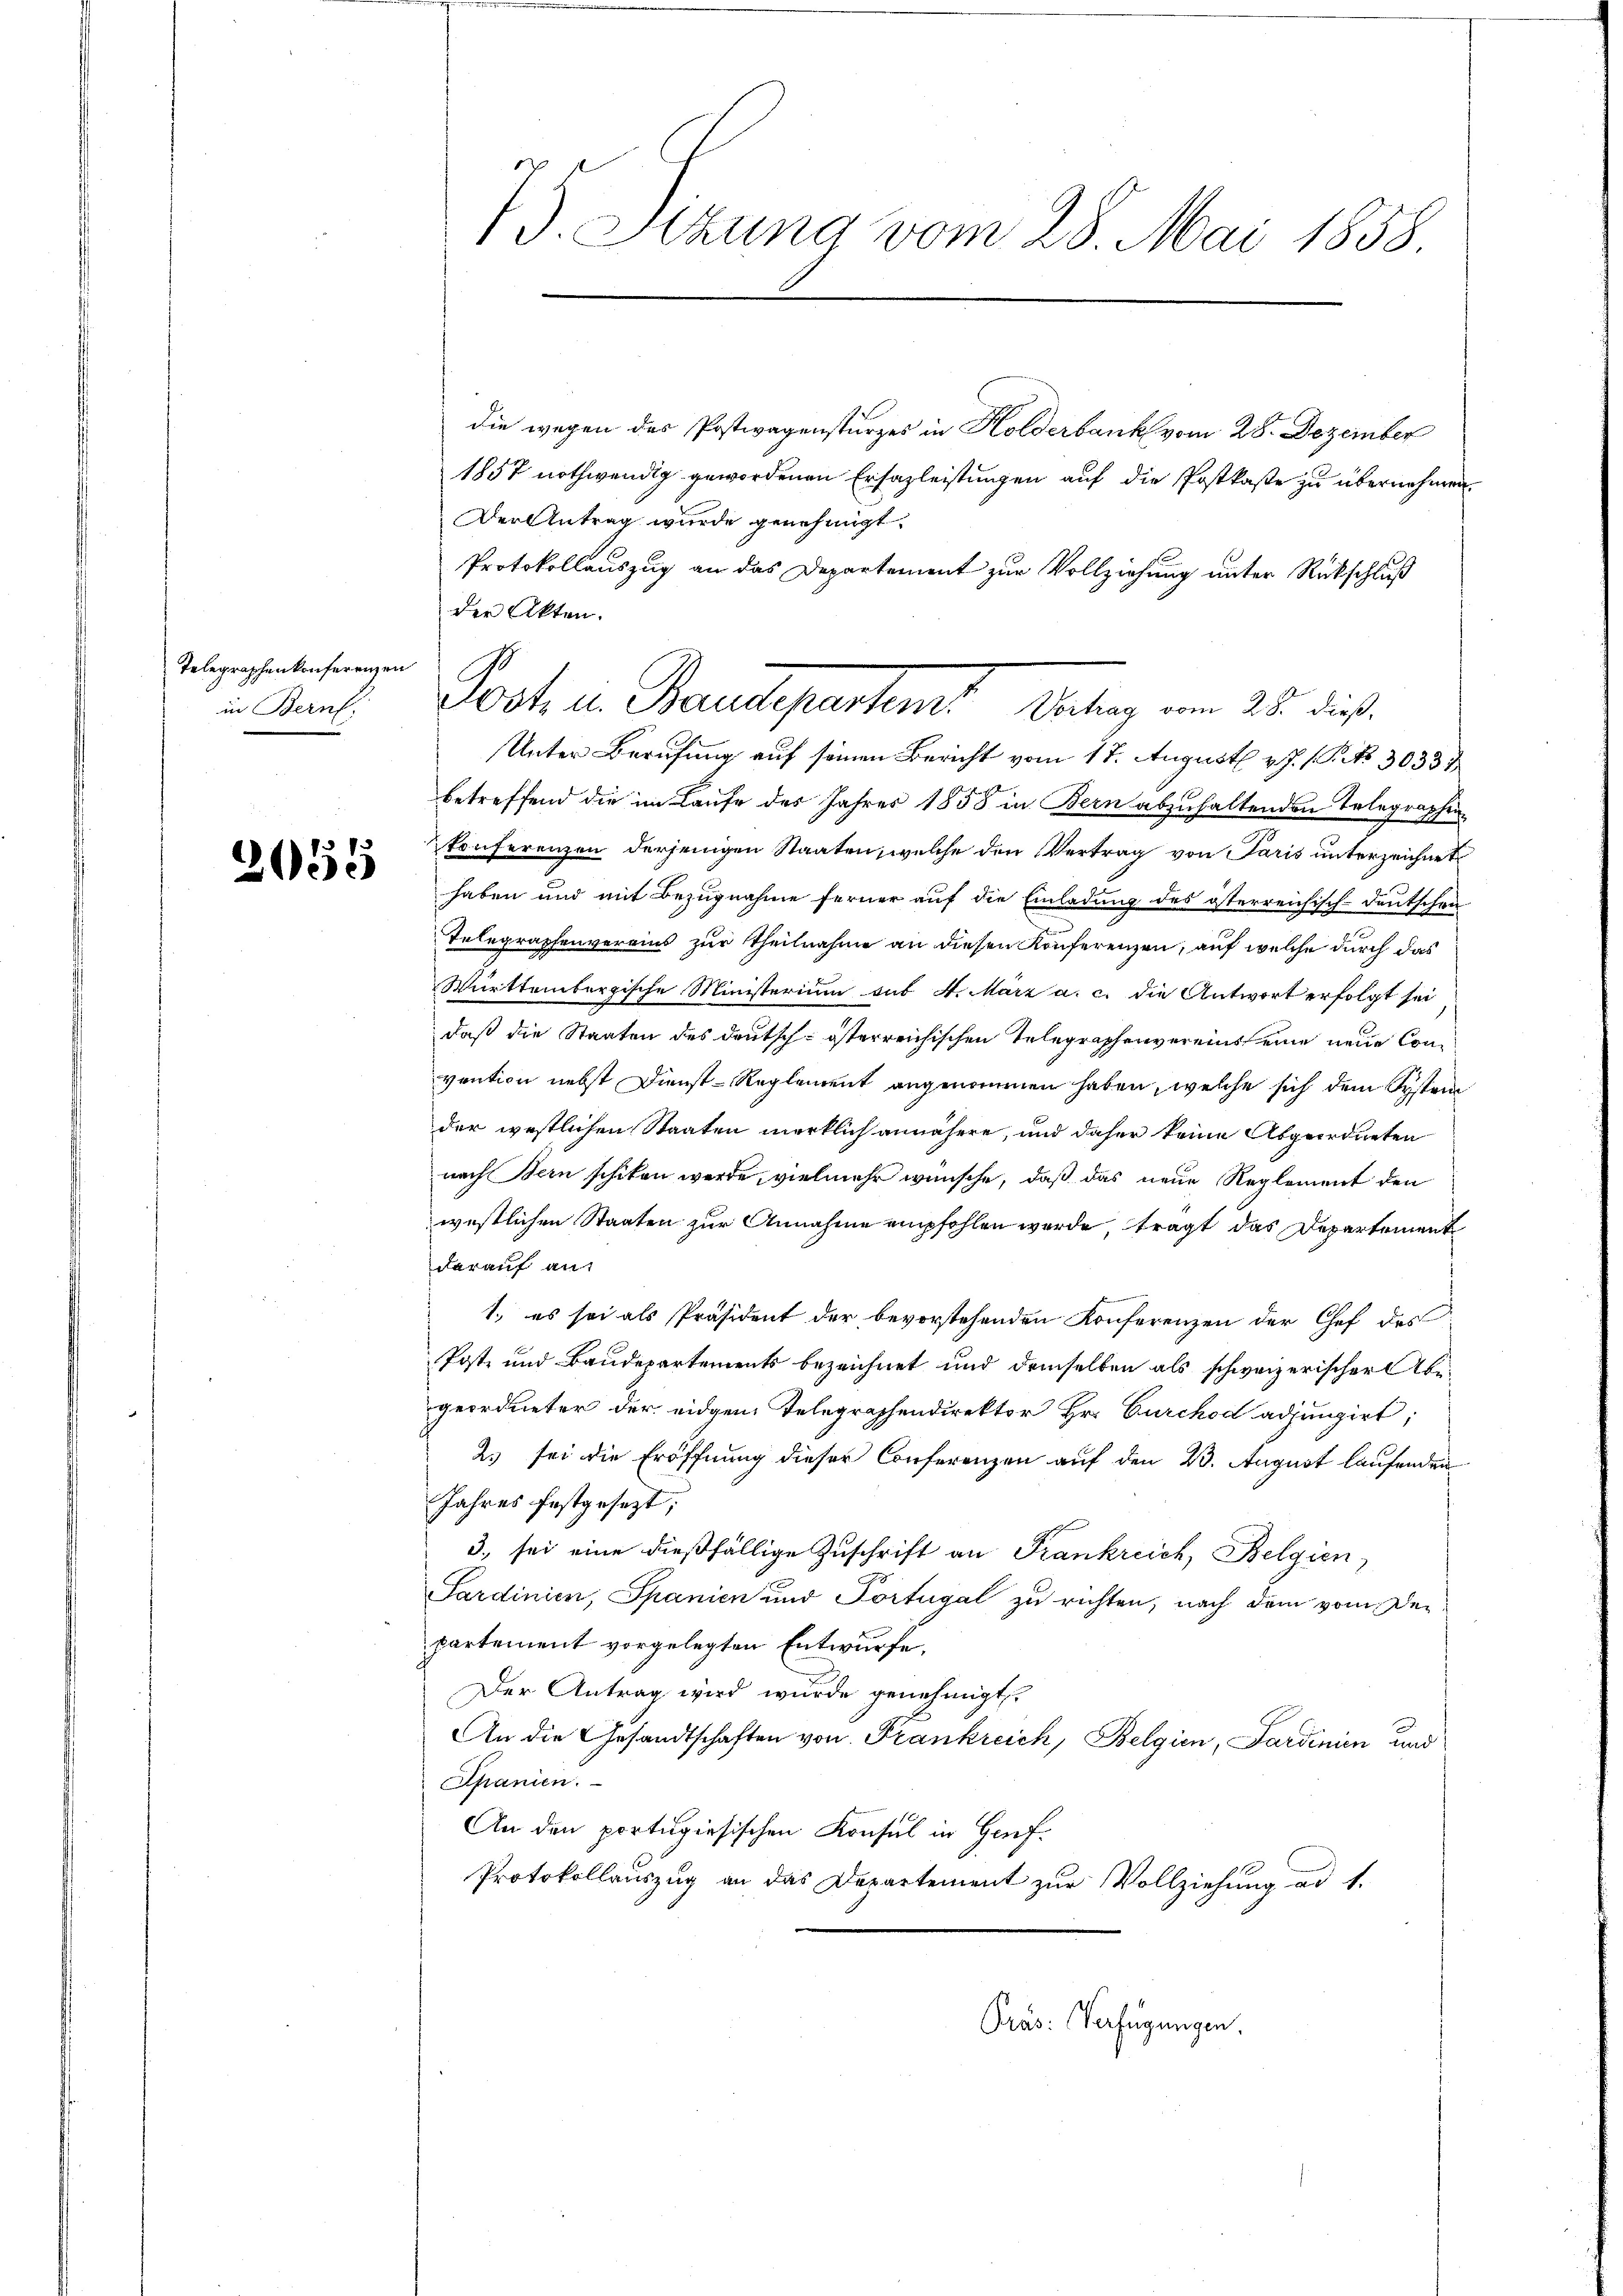
Telegraphenkonferenzen I
in Bern,

2055

75. Setzung vom 28. Mai 1858.

200. v. Baudepartem Weg vom 25. dies

die wegen des Postwagensturzes in Holderbank vom 28. Dezember
1857 nothwendig gewordenen Ersazleistungen auf die Postkaste zu übernehmen.
Der Antrag wurde genehmigt.
Protokollauszug an das Departement zur Vollziehung unter Rückschluß
der Akten.
Unter Berufung auf seinen Bericht vom 17. August v. J. 1 Pkt. 3033 1
betreffend die im Laufe des Jahres 1858 in Bern abzuhaltenden Telegraphenkonferenzen derjenigen Staaten, welche den Vertrag von Paris unterzeichnet
haben und mit Bezugnahme ferner auf die Einladung des österreichisch-deutschen
Telegraphenvereins zur Theilnahme an diesen Konferenzen, auf welche durch das
Württembergische Ministerium aus 4. März a. c. die Antwort erfolgt sei
daß die Staaten des deutsch-österreichischen Telegraphenvereinseine neue Convention nebst Dienst-Reglement angenommen haben, welche sich dem System
der westlichen Staaten merklich annähere, und daher keine Abgeordneten
nach Bern schiken werde, vielmehr wünsche, daß das neue Reglement den
westlichen Staaten zur Annahme empfohlen wurde tragt das Departement
darauf auf
1.) es sei als Präsident der bevorstehenden Konferenzen der Chef des
Poste und Baudepartements bezeichnet und demselben als schweizerischer Abegeordneter der eidgen Telegraphendirektor Hr. Curchod adjungirt;
2) sei die Eröffnung dieser Conferenzen auf den 23. August laufenden
Jahres festgesezt;
3. sei eine dießfällige Zuschrift an Frankreich, Belgien,
Sardinien, Spanien und Portugal zu richten, nach dem vom Departement vorgelegten Entwurfe,
Der Antrag wird wurde genehmigt.
An die Gesandtschaften von Frankreich, Belgien, Sardinien und
Spanien.
An den portugisischen Konsul in Genf¬
Protokollauszug an das Departement zur Vollziehung ad 1.
Präs: Verfügungen.